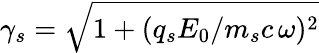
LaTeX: \gamma_{s}=\sqrt{1+(q_{s}E_{0}/m_{s}c\, \omega)^{2}}